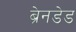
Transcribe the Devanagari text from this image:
ब्रेनडेड